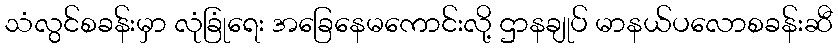
သံလွင်စခန်းမှာ လုံခြုံရေး အခြေနေမကောင်းလို့ ဌာနချုပ် မာနယ်ပလောစခန်းဆီ